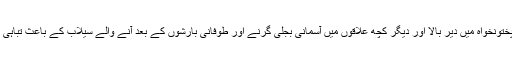
صوبہ خیبرپختونخواہ میں دیر بالا اور دیگر کچھ علاقوں میں آسمانی بجلی گرنے اور طوفانی بارشوں کے بعد آنے والے سیلاب کے باعث تباہی مچ گئی ہے۔